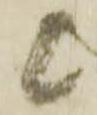
候